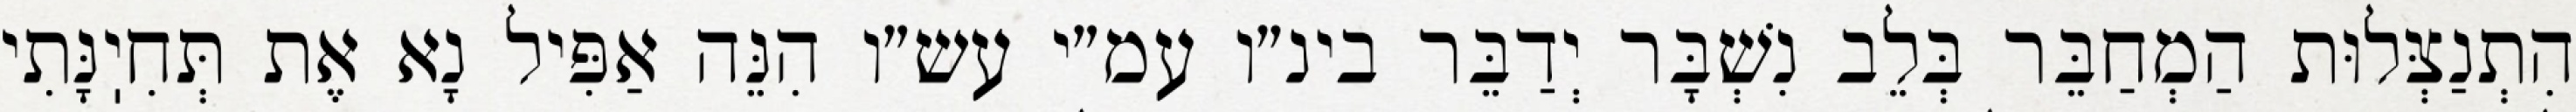
הִתְנַצְּלוּת הַמְחַבֵּר בְּלֵב נִשְׁבָּר יְדַבֵּר בינ״ו עמ״י עש״ו הִנֵּה אַפִּיל נָא אֶת תְּחִיֽנָּתִי